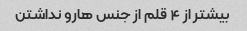
بیشتر از ۴ قلم از جنس هارو نداشتن